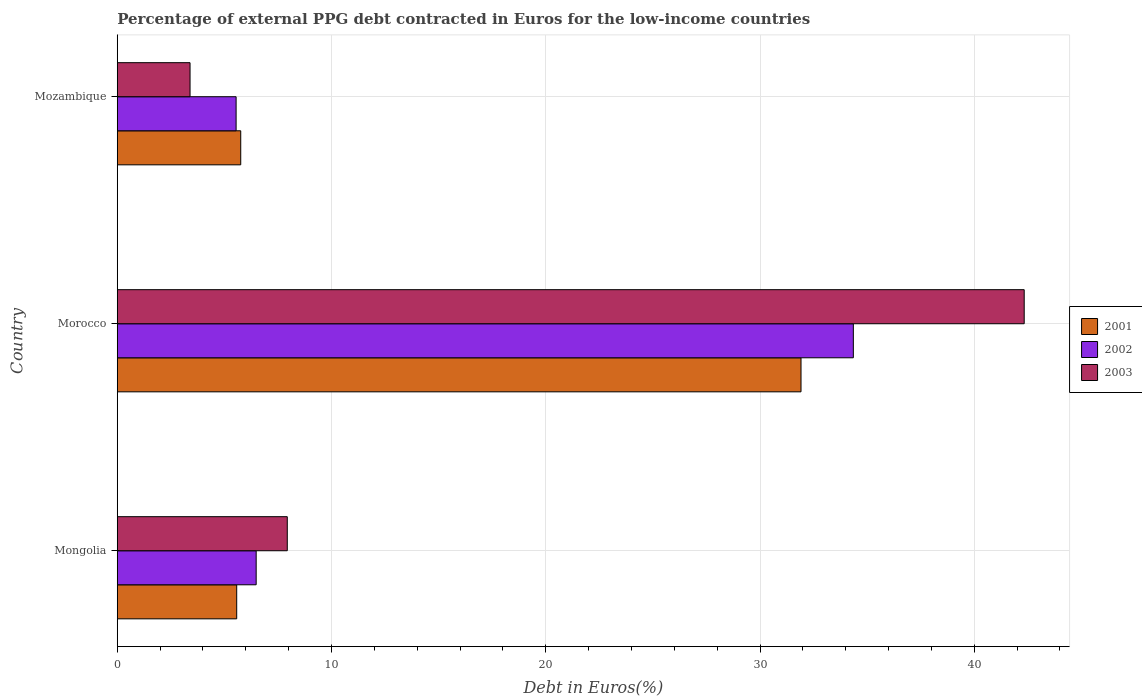
| Country | 2001 | 2002 | 2003 |
 | --- | --- | --- | --- |
 | Mongolia | 5.57 | 6.48 | 7.93 |
 | Morocco | 31.9 | 34.4 | 42.3 |
 | Mozambique | 5.76 | 5.55 | 3.4 |